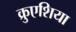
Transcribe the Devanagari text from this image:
क्रुएशिया